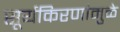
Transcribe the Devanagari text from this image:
सूर्यकिरणांमुळे